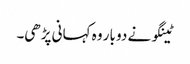
ٹینگو نے دو بار وہ کہانی پڑھی۔